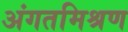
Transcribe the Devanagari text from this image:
अंगतमिश्रण